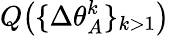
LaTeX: Q\big(\{ \Delta\theta_{A}^{k}\} _{k>1}\big)